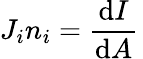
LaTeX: J_{i}n_{i}={\frac{\mathrm{d}I}{\mathrm{d}A}}\,